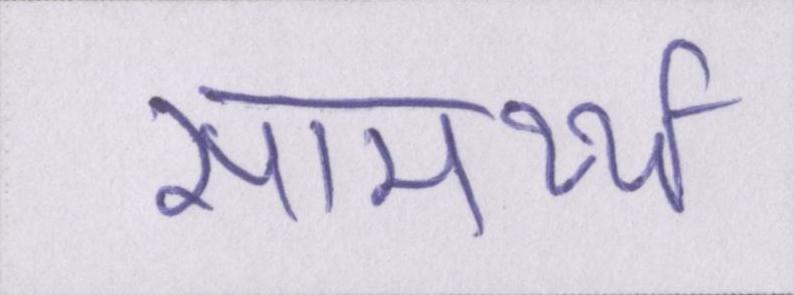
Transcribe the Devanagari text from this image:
सामर्थ्य